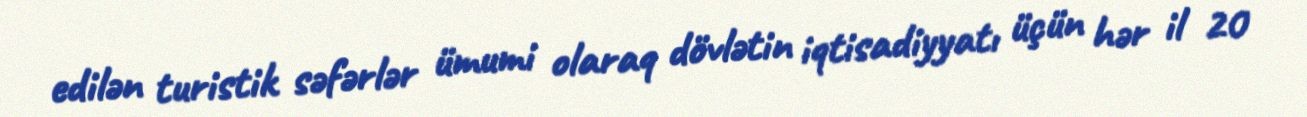
edilən turistik səfərlər ümumi olaraq dövlətin iqtisadiyyatı üçün hər il 20